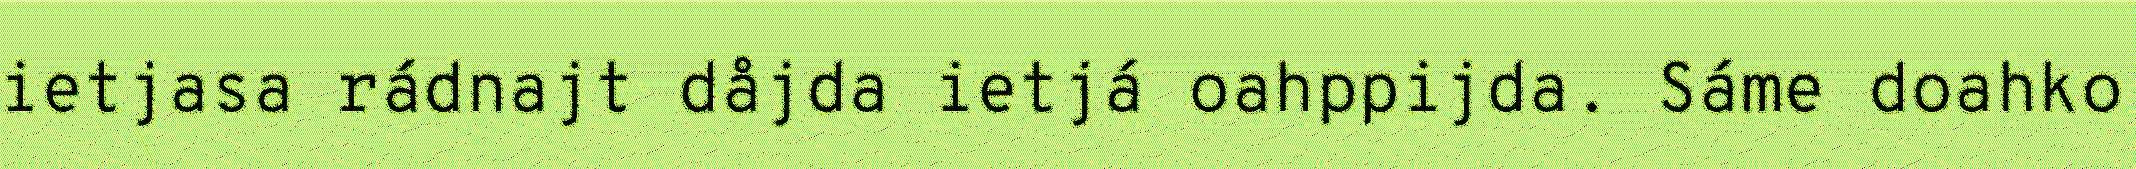
ietjasa rádnajt dåjda ietjá oahppijda. Sáme doahko